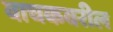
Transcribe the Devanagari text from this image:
वाचकवरील